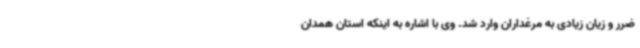
ضرر و زیان زیادی به مرغداران وارد شد. وی با اشاره به اینکه استان همدان